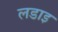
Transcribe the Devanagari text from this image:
लडाइ